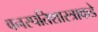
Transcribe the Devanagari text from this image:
वनस्पतिशास्त्राकडे